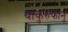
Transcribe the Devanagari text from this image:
थाकुरुफानु